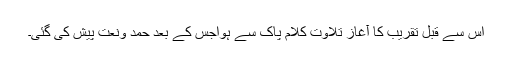
اس سے قبل تقریب کا آغاز تلاوت کلام پاک سے ہواجس کے بعد حمد ونعت پیش کی گئی۔